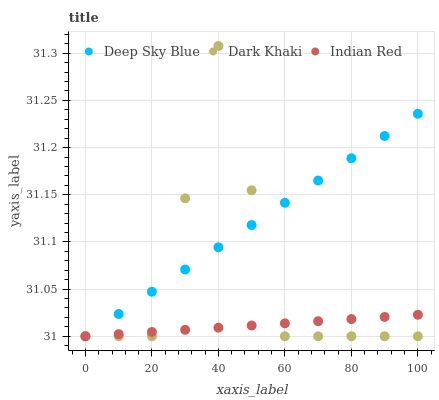
| xaxis_label | Deep Sky Blue | Dark Khaki | Indian Red |
 | --- | --- | --- | --- |
 | 0 | 31 | 31 | 31 |
 | 10 | 31 | 31 | 31 |
 | 20 | 31 | 31 | 31 |
 | 30 | 31.1 | 31.1 | 31 |
 | 40 | 31.1 | 31.3 | 31 |
 | 50 | 31.1 | 31.2 | 31 |
 | 60 | 31.1 | 31 | 31 |
 | 70 | 31.2 | 31 | 31 |
 | 80 | 31.2 | 31 | 31 |
 | 90 | 31.2 | 31 | 31 |
 | 100 | 31.2 | 31 | 31 |